Report of the Indian Hemp Drugs Commission, 1894-1895 - Volume I
Year: 1894
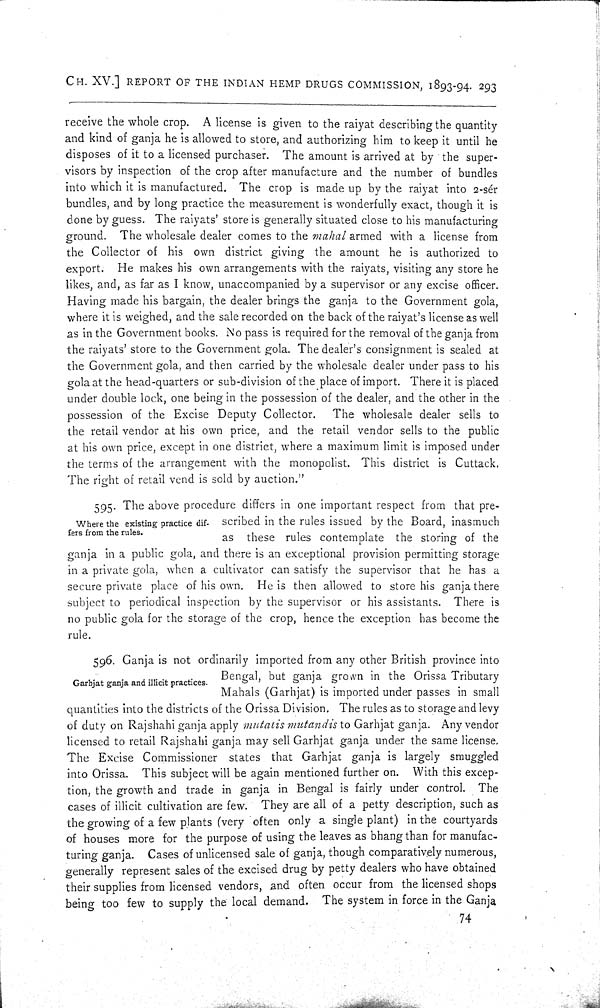
CH. XV.] REPORT OF THE INDIAN HEMP DRUGS COMMISSION, 1893-94. 293
receive the whole crop. A license is given to the raiyat describing the quantity
and kind of ganja he is allowed to store, and authorizing him to keep it until he
disposes of it to a licensed purchaser. The amount is arrived at by the super-
visors by inspection of the crop after manufacture and the number of bundles
into which it is manufactured. The crop is made up by the raiyat into 2-sér
bundles, and by long practice the measurement is wonderfully exact, though it is
done by guess. The raiyats' store is generally situated close to his manufacturing
ground. The wholesale dealer comes to the mahal armed with a license from
the Collector of his own district giving the amount he is authorized to
export. He makes his own arrangements with the raiyats, visiting any store he
likes, and, as far as I know, unaccompanied by a supervisor or any excise officer.
Having made his bargain, the dealer brings the ganja to the Government gola,
where it is weighed, and the sale recorded on the back of the raiyat's license as well
as in the Government books. No pass is required for the removal of the ganja from
the raiyats' store to the Government gola. The dealer's consignment is sealed at
the Government gola, and then carried by the wholesale dealer under pass to his
gola at the head-quarters or sub-division of the place of import. There it is placed
under double lock, one being in the possession of the dealer, and the other in the
possession of the Excise Deputy Collector.
The wholesale dealer sells to
the retail vendor at his own price, and the retail vendor sells to the public
at his own price, except in one district, where a maximum limit is imposed under
the terms of the arrangement with the monopolist. This district is Cuttack.
The right of retail vend is sold by auction."
Where the existing practice dif-
fers from the rules.
595. The above procedure differs in one important respect from that pre-
scribed in the rules issued by the Board, inasmuch
as these rules contemplate the storing of the
ganja in a public gola, and there is an exceptional provision permitting storage
in a private gola, when a cultivator can satisfy the supervisor that he has a
secure private place of his own. He is then allowed to store his ganja there
subject to periodical inspection by the supervisor or his assistants. There is
no public gola for the storage of the crop, hence the exception has become the
rule.
Garbjat ganja and illicit practices.
596. Ganja is not ordinarily imported from any other British province into
Bengal, but ganja grown in the Orissa Tributary
Mahals (Garhjat) is imported under passes in small
quantities into the districts of the Orissa Division. The rules as to storage and levy
of duty on Rajshahi ganja apply mutatis mutandis to Garhjat ganja. Any vendor
licensed to retail Rajshahi ganja may sell Garhjat ganja under the same license.
The Excise Commissioner states that Garhjat ganja is largely smuggled
into Orissa. This subject will be again mentioned further on. With this excep-
tion, the growth and trade in ganja in Bengal is fairly under control. The
cases of illicit cultivation are few. They are all of a petty description, such as
the growing of a few plants (very often only a single plant) in the courtyards
of houses more for the purpose of using the leaves as bhang than for manufac-
turing ganja. Cases of unlicensed sale of ganja, though comparatively numerous,
generally represent sales of the excised drug by petty dealers who have obtained
their supplies from licensed vendors, and often occur from the licensed shops
being too few to supply the local demand. The system in force in the Ganja
74